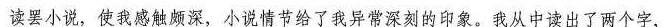
读罢小说，使我感触颇深，小说情节给了我异常深刻的印象。我从中读出了两个字，